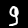
Label: 9